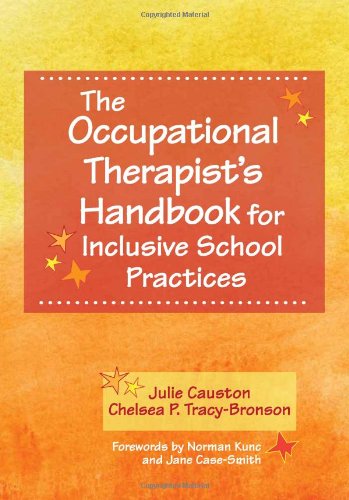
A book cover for The Occupational Therapist's Handbook for Inclusive School Practices; Julie Causton Ph.D.; Medical Books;